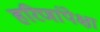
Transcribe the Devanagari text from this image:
हरिणांपेक्षा